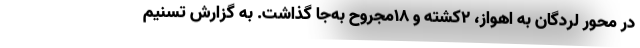
در محور لردگان به اهواز، ۲کشته و ۱۸مجروح به‌جا گذاشت. به گزارش تسنیم